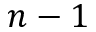
n - 1